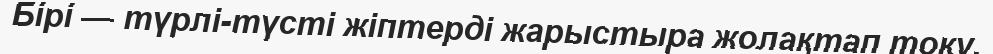
Бірі — түрлі-түсті жіптерді жарыстыра жолақтап тоқу.